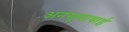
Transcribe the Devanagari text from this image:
अनसूयाबाई